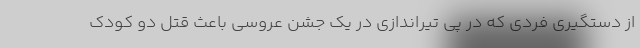
از دستگیری فردی که در پی تیراندازی در یک جشن عروسی باعث قتل دو کودک